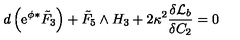
d \left( \mathrm { e } ^ { \phi } { } ^ { * } { \tilde { F } } _ { 3 } \right) + { \tilde { F } } _ { 5 } \wedge H _ { 3 } + 2 \kappa ^ { 2 } \frac { \delta { \cal { L } } _ { b } } { \delta C _ { 2 } } = 0